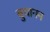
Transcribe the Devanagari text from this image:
बुचानन